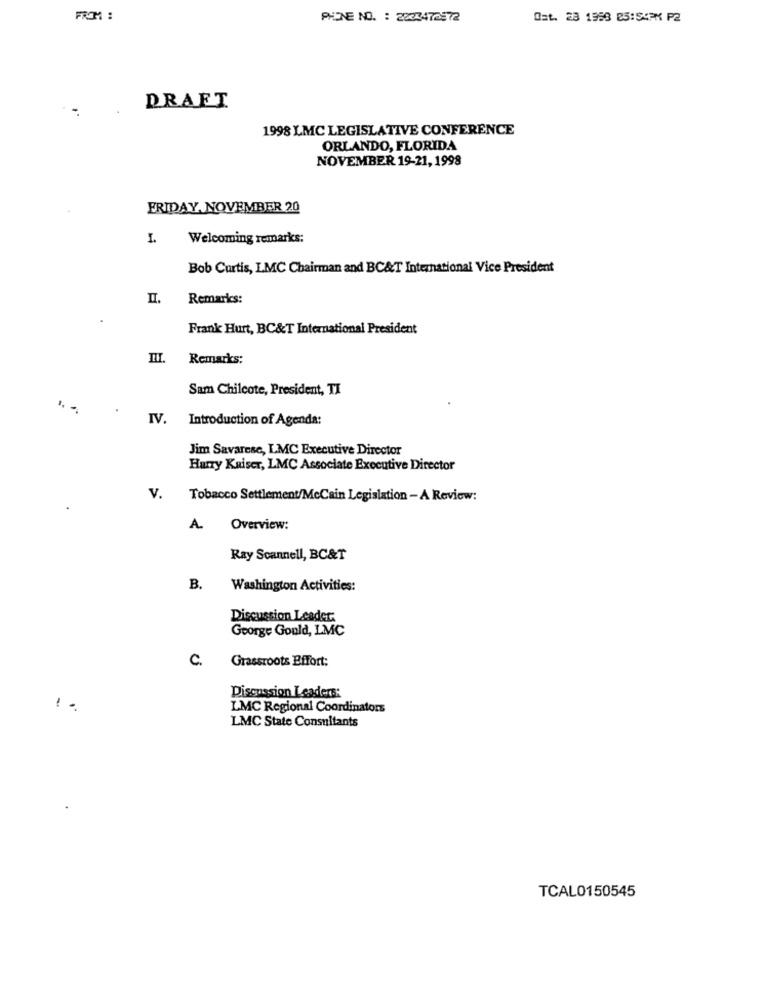
FROM :
PHINE NO. : 2823472372
Ost. 23 1958 85:54PM P2
DRAFT
1998 LMC LEGISLATIVE CONFERENCE
ORLANDO, FLORIDA
NOVEMBER 19-21, 1998
FRIDAY, NOVEMBER 20
I.
Welcoming remarks:
Bob Curtis, LMC Chairman and BC&T International Vice President
II.
Remarks:
Frank Hurt, BC&T International President
Remarks:
Sam Chilcote, President, TI
IV.
Introduction of Agenda:
Jim Savarese, LMC Executive Director
Hurry Kaiser, LMC Associate Executive Director
V.
Tobacco Settlement/McCain Legislation - A Review:
.
A.
Overview:
Ray Scannell, BC&T
B.
Washington Activities:
Discussion Leader
George Gould, LMC
C.
Grassroots Effort:
Discussion Leaders:
-
LMC Regional Coordinators
LMC State Consultants
TCAL0150545